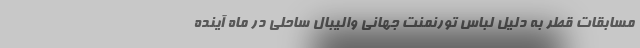
مسابقات قطر به دلیل لباس تورنمنت جهانی والیبال ساحلی در ماه آینده